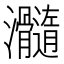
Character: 𤅵